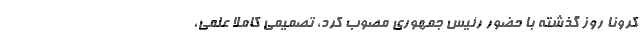
کرونا روز گذشته با حضور رئیس جمهوری مصوب کرد، تصمیمی کاملا علمی،